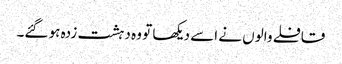
قافلے والوں نے اسے دیکھا تو وہ دہشت زدہ ہو گئے۔